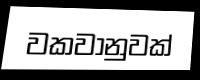
වකවානුවක්